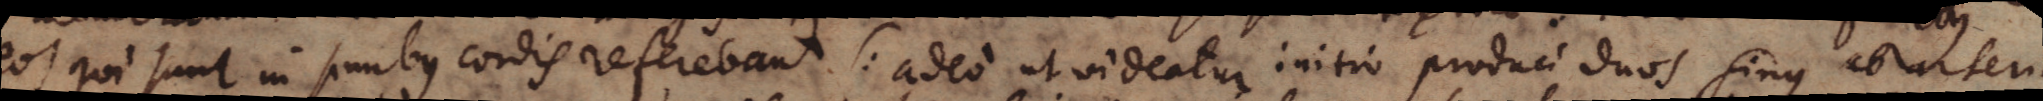
eos qui sunt in sinubus cordis referebant (: adeo, ut videatur initio produci duos sinus ab arteria